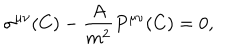
\sigma ^ { \mu \nu } ( C ) - { \frac { A } { m ^ { 2 } } } P ^ { \mu \nu } ( C ) = 0 ,